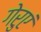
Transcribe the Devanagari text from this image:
गेरुएं